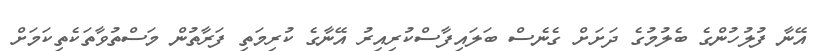
އޭނާ ފުލުހުންގެ ބެލުމުގެ ދަށަށް ގެނެސް ބަލައިފާސްކުރިއިރު އޭނާގެ ކުރިމަތި ފަރާތުން މަސްތުވާތަކެތިކަމަށް